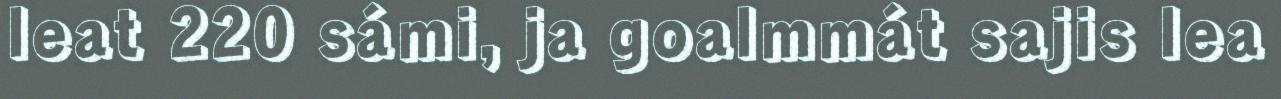
leat 220 sámi, ja goalmmát sajis lea